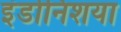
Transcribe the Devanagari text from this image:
इंडोनिशया